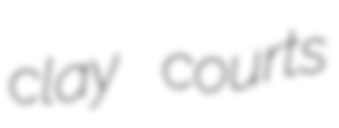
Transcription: clay courts